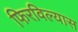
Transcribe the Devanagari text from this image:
फिरविल्यास